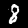
Digit: 8